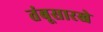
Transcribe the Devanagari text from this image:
तंबूसारखे